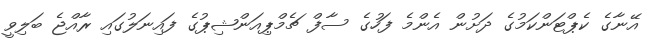
އޭނާގެ ކެޕްޓަންކަމުގެ ދަށުން އެންމެ ފަހުގެ ސާފް ޗެމްޕިއަންޝިޕުގެ ފައިނަލުގައި ރާއްޖެ ބަލިވީ